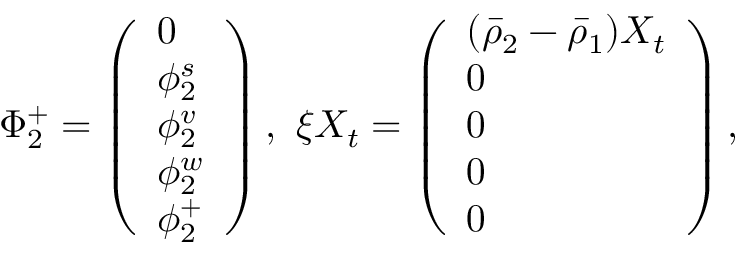
\Phi _ { 2 } ^ { + } = \left( \begin{array} { l } { 0 } \\ { \phi _ { 2 } ^ { s } } \\ { \phi _ { 2 } ^ { v } } \\ { \phi _ { 2 } ^ { w } } \\ { \phi _ { 2 } ^ { + } } \end{array} \right) , \ \xi X _ { t } = \left( \begin{array} { l } { ( \bar { \rho } _ { 2 } - \bar { \rho } _ { 1 } ) X _ { t } } \\ { 0 } \\ { 0 } \\ { 0 } \\ { 0 } \end{array} \right) ,